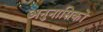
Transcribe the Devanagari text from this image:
अनुनासिकों